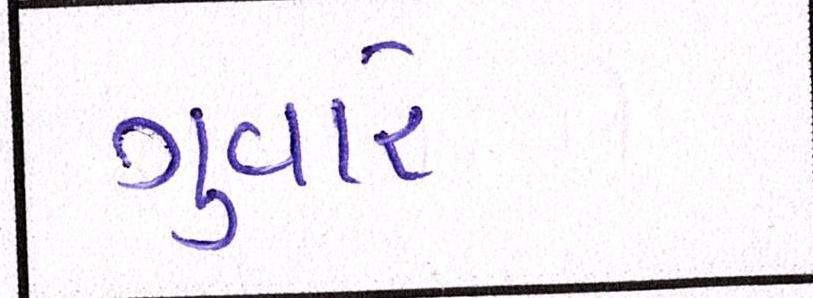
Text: ગુવારે